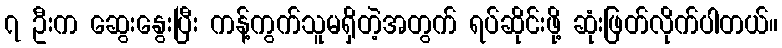
၇ ဦးက ဆွေးနွေးပြီး ကန့်ကွက်သူမရှိတဲ့အတွက် ရပ်ဆိုင်းဖို့ ဆုံးဖြတ်လိုက်ပါတယ်။